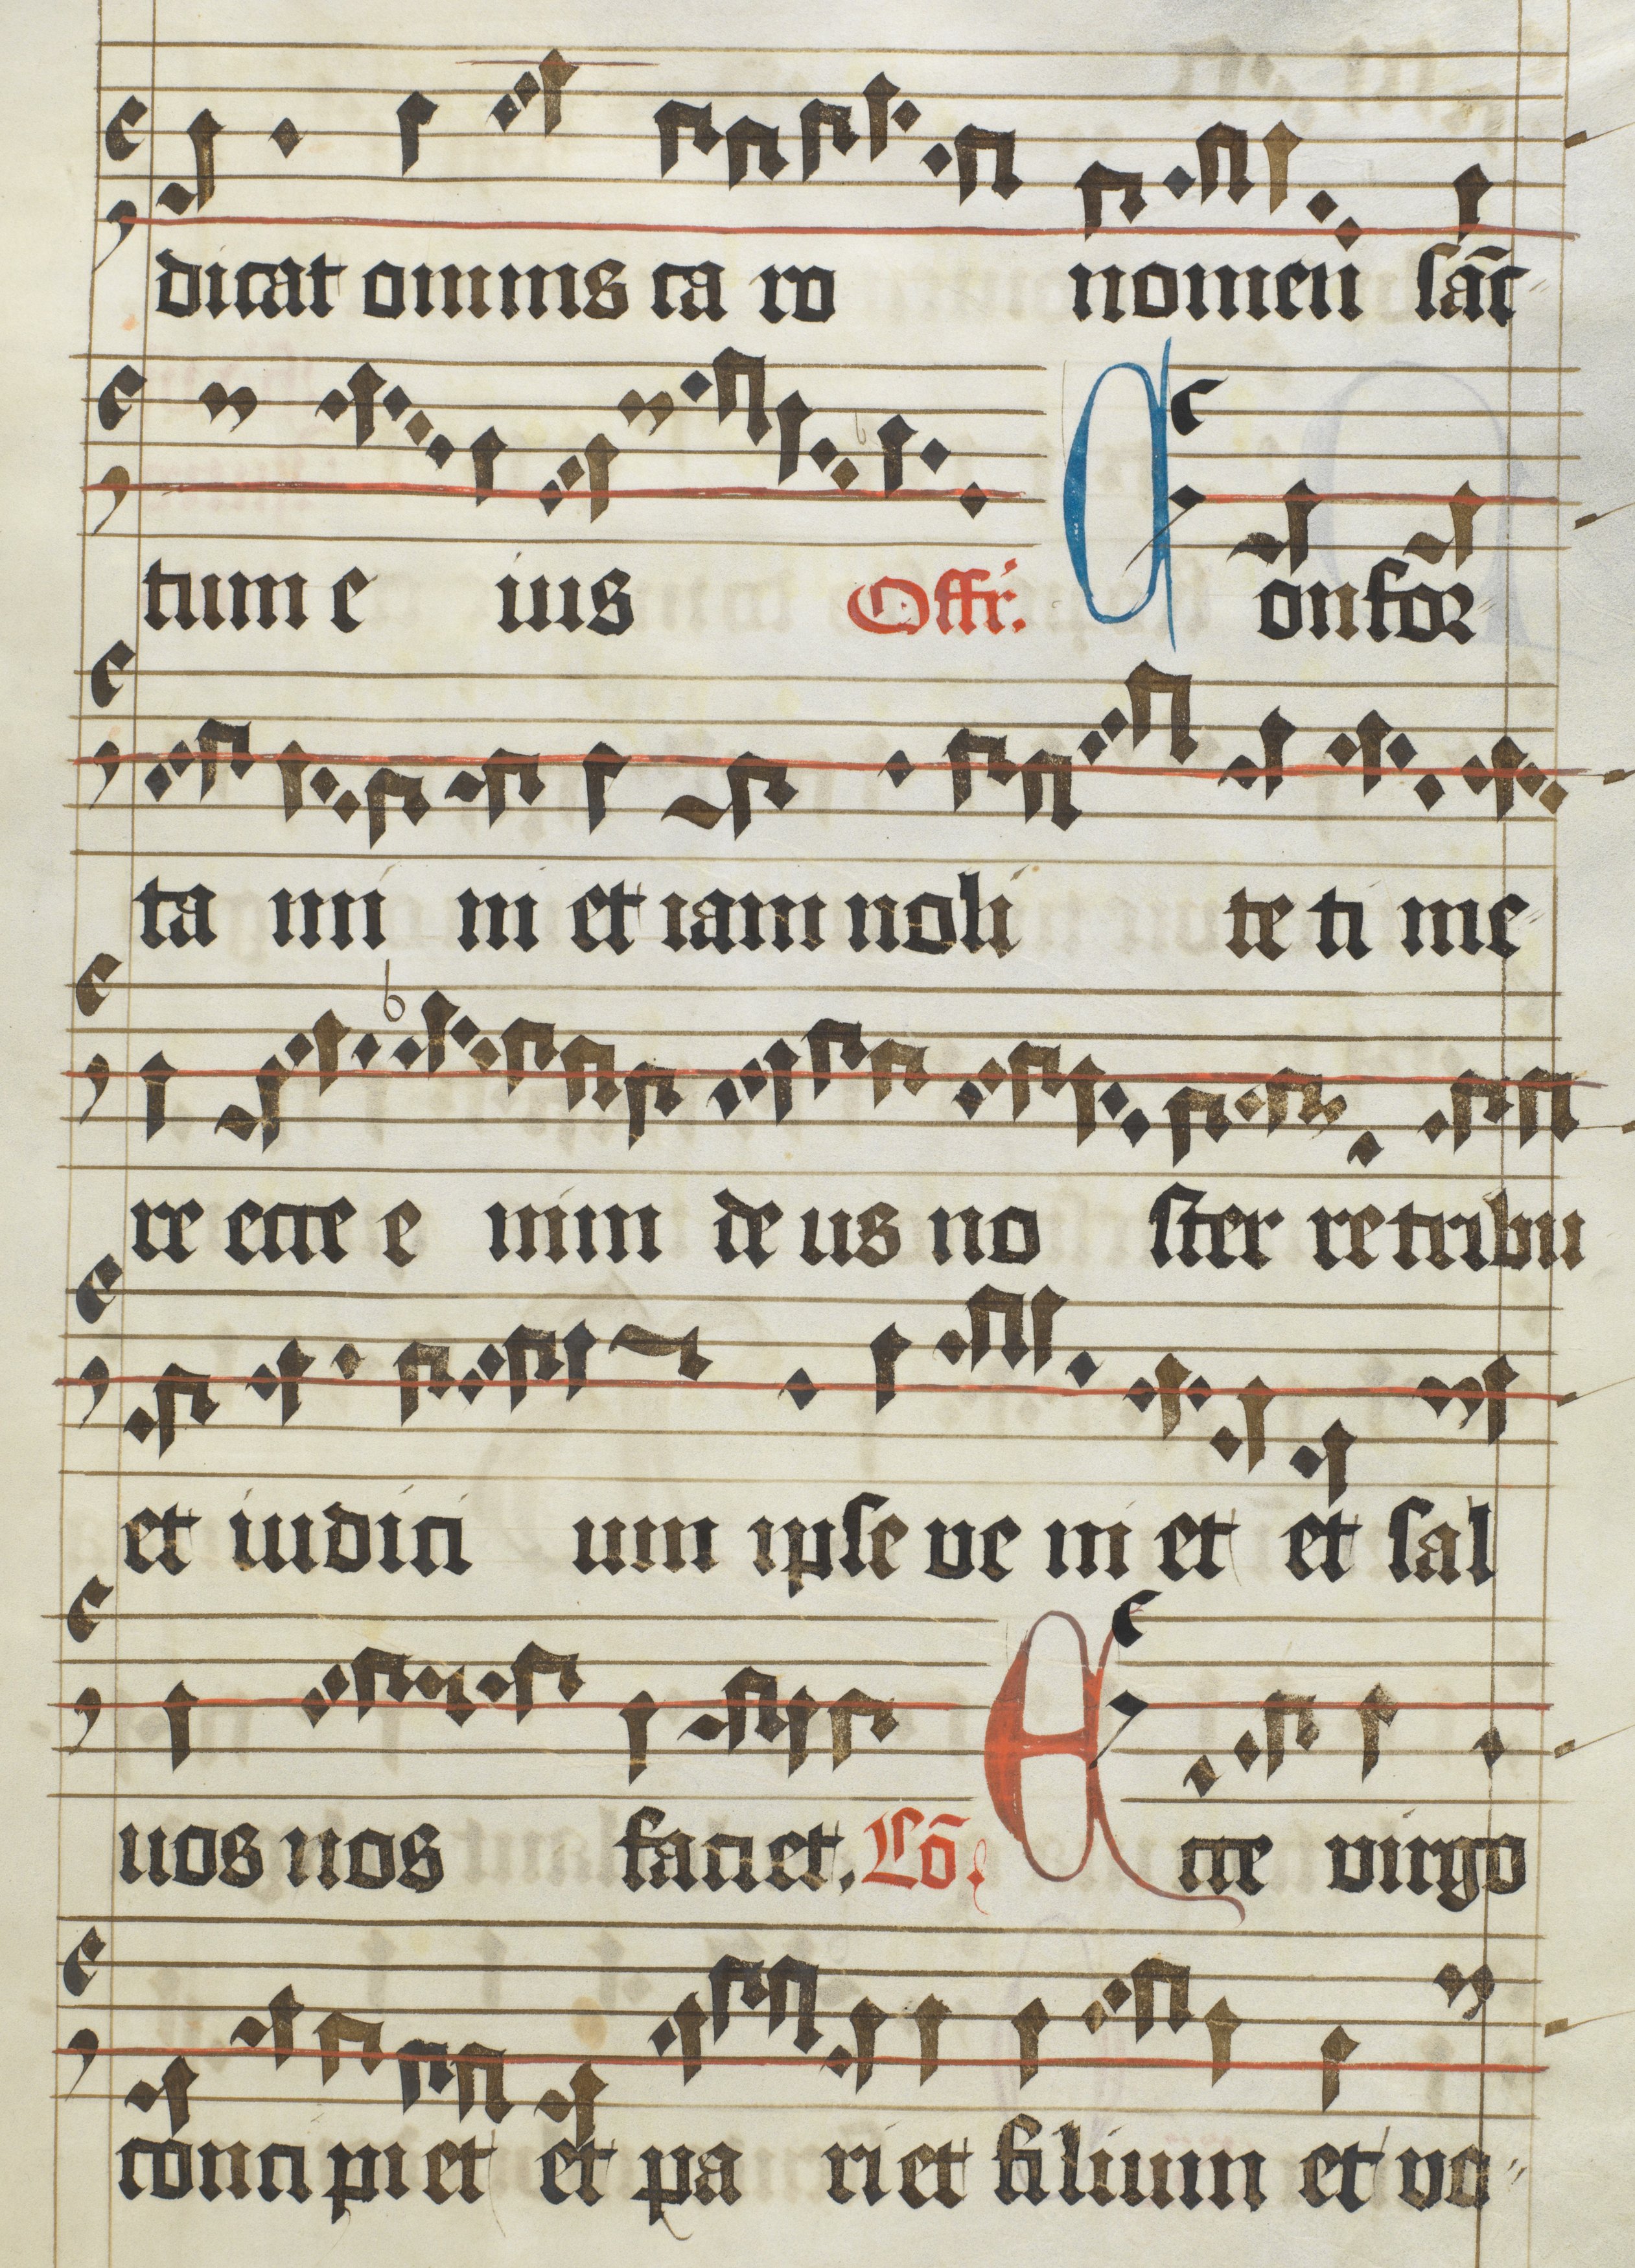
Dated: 1475–1499